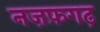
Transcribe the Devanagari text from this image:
नज़फ़गढ़